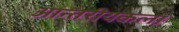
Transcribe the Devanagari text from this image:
आन्तरीयकला